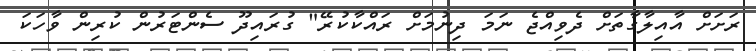
ރަށަށް އާއިލާގާތަށް ދެވިއްޖެ ނަމަ ދިނުމަށް ރައްކާކުރޭ" ގުރައިދޫ ސެންޓަރުން ކުރިން ވާހަކަ